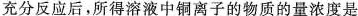
充分反应后，所得溶液中铜离子的物质的量浓度是